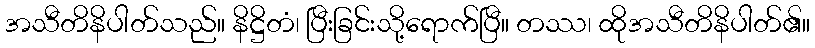
အသီတိနိပါတ်သည်။ နိဋ္ဌိတံ၊ ပြီးခြင်းသို့ရောက်ပြီ။ တဿ၊ ထိုအသီတိနိပါတ်၏။